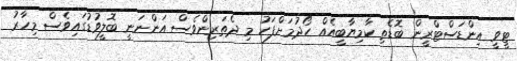
ޓީވީ އިންޑަސްޓްރީން ބޮޑެތި ކާމިޔާބީއެއް ހޯދުމަށްފަހު މި ދެތަރިންވެސް އަންނަނީ ބޮލީވުޑުގައިވެސް މިހާރު